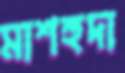
মাশহুদা